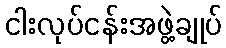
ငါးလုပ်ငန်းအဖွဲ့ချုပ်